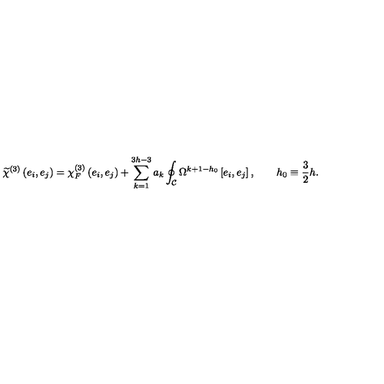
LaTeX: \widetilde \chi ^ { ( 3 ) } \left( e _ { i } , e _ { j } \right) = \chi _ { F } ^ { ( 3 ) } \left( e _ { i } , e _ { j } \right) + \sum _ { k = 1 } ^ { 3 h - 3 } a _ { k } \oint _ { \cal C } \Omega ^ { k + 1 - h _ { 0 } } \left[ e _ { i } , e _ { j } \right] , \qquad h _ { 0 } \equiv { \frac { 3 } { 2 } } h .